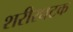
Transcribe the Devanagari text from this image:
शरीरघटक